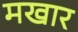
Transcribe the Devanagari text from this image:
मखार